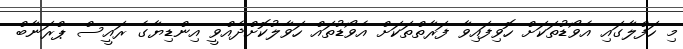
މި ހަފްލާގައި އެވޯޑުތަކަށް ހޮވިފައިވާ ފަރާތްތަކަށް އެވޯޑުތައް ހަވާލުކޮށްދެއްވީ އިންޑިޔާގެ ރައީސް ޕްރަނާބް